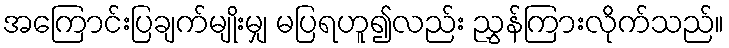
အကြောင်းပြချက်မျိုးမျှ မပြရဟူ၍လည်း ညွှန်ကြားလိုက်သည်။